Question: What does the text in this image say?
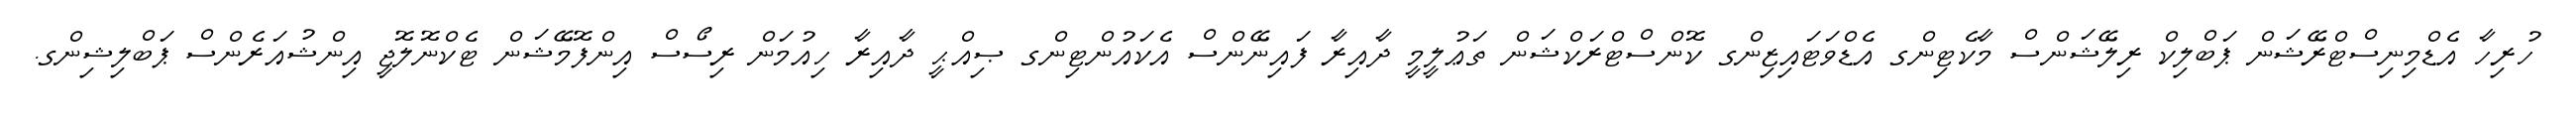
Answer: ހުރިހާ އެޑްމިނިސްޓްރޭޝަން ޕަބްލިކް ރިލޭޝަންސް މާކެޓިންގ އެޑްވަޓައިޒިންގ ކޮންސްޓްރަކްޝަން ތަޢުލީމީ ދާއިރާ ފައިނޭންސް އެކައުންޓިންގ ޞިއްޙީ ދާއިރާ ހިއުމަން ރިސޯސް އިންފޮމޭޝަން ޓެކްނޮލޮޖީ އިންޝުއަރެންސް ޕަބްލިޝިންގ.